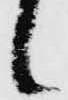
候